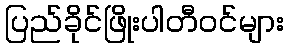
ပြည်ခိုင်ဖြိုးပါတီဝင်များ